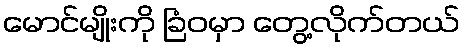
မောင်မျိုးကို ခြံဝမှာ တွေ့လိုက်တယ်